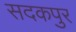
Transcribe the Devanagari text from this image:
सदकपुर